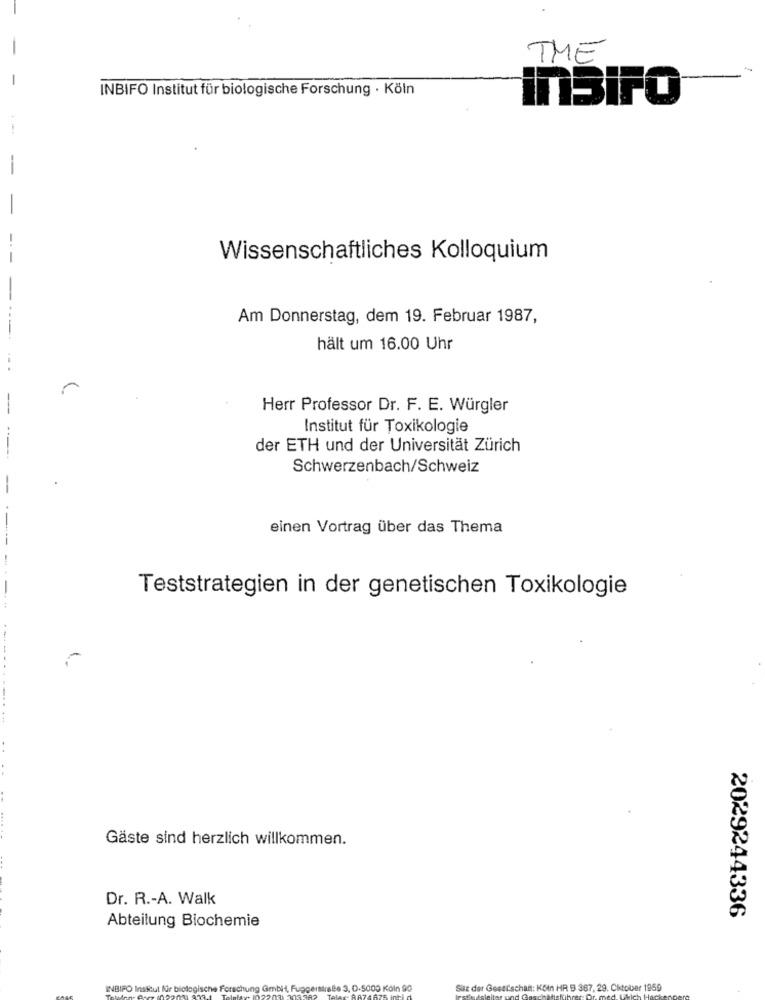
THE
INBIFO Institut für biologische Forschung · Köln
insiPO
Wissenschaftliches Kolloquium
Am Donnerstag, dem 19. Februar 1987,
hält um 16.00 Uhr
-
Herr Professor Dr. F. E. Würgler
Institut für Toxikologie
der ETH und der Universität Zürich
Schwerzenbach/Schweiz
einen Vortrag über das Thema
Teststrategien in der genetischen Toxikologie
.--.........
Gäste sind herzlich willkommen.
Dr. R .- A. Walk
Abteilung Biochemie
2029244336
INBIFO Institut für biologische Forsc
ung Genbil, A
faireBe 3, 0-5000 Köln 90
Sitz der Gesellschaft: KOin HR 5 367, 29. Cktober 1959
und Ges